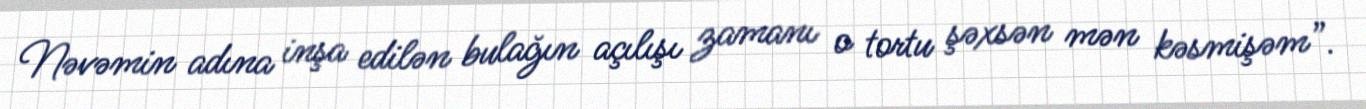
Nəvəmin adına inşa edilən bulağın açılışı zamanı o tortu şəxsən mən kəsmişəm”.